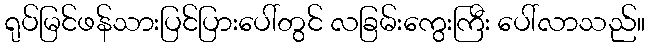
ရုပ်မြင်ဖန်သားပြင်ပြားပေါ်တွင် လခြမ်းကွေးကြီး ပေါ်လာသည်။